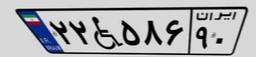
۲۲W۵۸۶۹۰